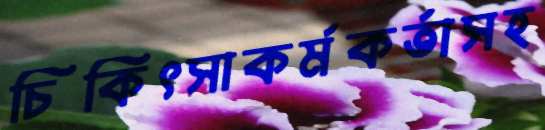
চিকিৎসাকর্মকর্তাসহ